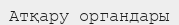
Атқару органдары